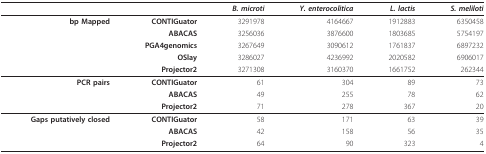
<table><thead><tr><td></td><td></td><td><b><i>B. microti</i></b></td><td><b><i>Y. enterocolitica</i></b></td><td><b><i>L. lactis</i></b></td><td><b><i>S. meliloti</i></b></td></tr></thead><tbody><tr><td><b>bp Mapped</b></td><td><b>CONTIGuator</b></td><td>3291978</td><td>4164667</td><td>1912883</td><td>6350458</td></tr><tr><td></td><td><b>ABACAS</b></td><td>3256036</td><td>3876600</td><td>1803685</td><td>5754197</td></tr><tr><td></td><td><b>PGA4genomics</b></td><td>3267649</td><td>3090612</td><td>1761837</td><td>6897232</td></tr><tr><td></td><td><b>OSlay</b></td><td>3286027</td><td>4236992</td><td>2020582</td><td>6906017</td></tr><tr><td></td><td><b>Projector2</b></td><td>3271308</td><td>3160370</td><td>1661752</td><td>262344</td></tr><tr><td><b>PCR pairs</b></td><td><b>CONTIGuator</b></td><td>61</td><td>304</td><td>89</td><td>73</td></tr><tr><td></td><td><b>ABACAS</b></td><td>49</td><td>255</td><td>78</td><td>62</td></tr><tr><td></td><td><b>Projector2</b></td><td>71</td><td>278</td><td>367</td><td>20</td></tr><tr><td><b>Gaps putatively closed</b></td><td><b>CONTIGuator</b></td><td>58</td><td>171</td><td>63</td><td>39</td></tr><tr><td></td><td><b>ABACAS</b></td><td>42</td><td>158</td><td>56</td><td>35</td></tr><tr><td></td><td><b>Projector2</b></td><td>64</td><td>90</td><td>323</td><td>4</td></tr></tbody></table>